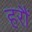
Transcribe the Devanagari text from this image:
हरौं